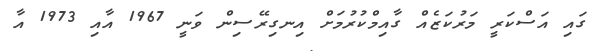
ގައި އަސްކަރީ މަރުކަޒެއް ގާއިމްކުރުމަށް އިނގިރޭސިން ވަނީ 1967 އާއި 1973 އާ